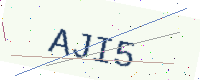
Text: AJI5